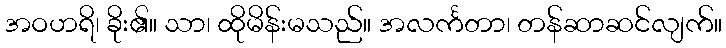
အဝဟရိ၊ ခိုး၏။ သာ၊ ထိုမိန်းမသည်။ အလင်္ကတာ၊ တန်ဆာဆင်လျက်။